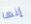
إنها